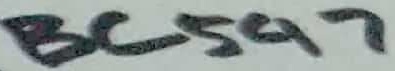
Text: BC547